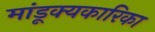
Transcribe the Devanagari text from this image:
मांडूक्यकारिका